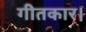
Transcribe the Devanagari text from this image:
गीतकार।